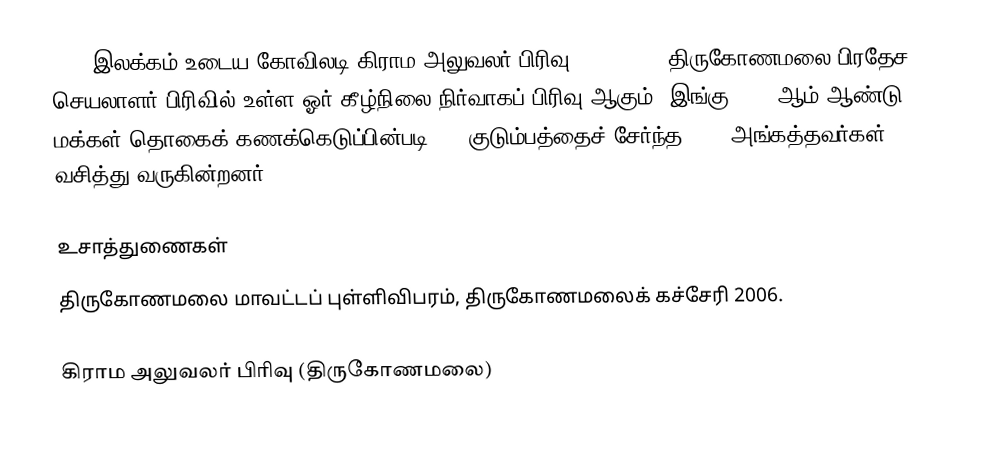
243P இலக்கம்  உடைய கோவிலடி கிராம அலுவலர் பிரிவு  (Kovilady) திருகோணமலை பிரதேச செயலாளர் பிரிவில் உள்ள ஓர் கீழ்நிலை நிர்வாகப் பிரிவு ஆகும். இங்கு 2005 ஆம் ஆண்டு மக்கள் தொகைக் கணக்கெடுப்பின்படி 410 குடும்பத்தைச் சேர்ந்த 1709 அங்கத்தவர்கள் வசித்து வருகின்றனர்.

உசாத்துணைகள்
திருகோணமலை மாவட்டப் புள்ளிவிபரம், திருகோணமலைக் கச்சேரி 2006.

கிராம அலுவலர் பிரிவு (திருகோணமலை)